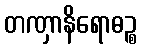
တဏှာနိရောဓဉ္စ